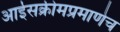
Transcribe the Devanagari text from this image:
आईसक्रीमप्रमाणेच